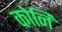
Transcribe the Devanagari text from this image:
कोनि